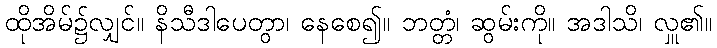
ထိုအိမ်၌လျှင်။ နိသီဒါပေတွာ၊ နေစေ၍။ ဘတ္တံ၊ ဆွမ်းကို။ အဒါသိ၊ လှူ၏။